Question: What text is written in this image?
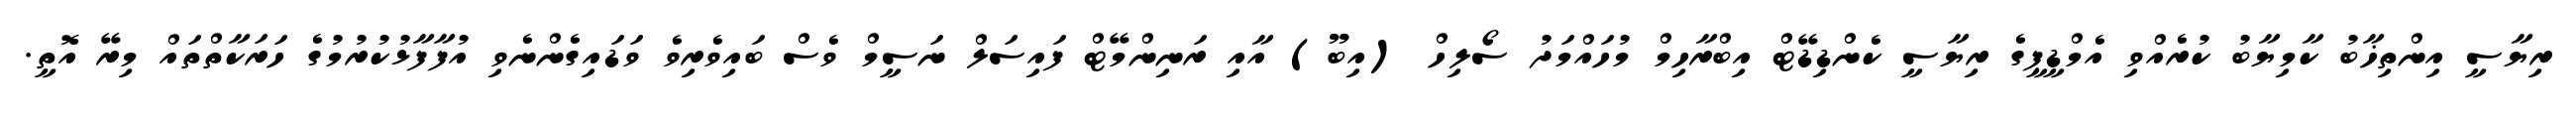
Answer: ރިޔާސީ އިންތިޚާބު ކާމިޔާބު ކުރެއްވި އެމްޑީޕީގެ ރިޔާސީ ކެންޑިޑޭޓް އިބްރާހިމް މުހައްމަދު ސޯލިހް (އިބޫ) އާއި ރަނިންމޭޓް ފައިސަލް ނަސީމް ވެސް ބައިވެރިވެ ވަޑައިގެންނެވި އުފާފާޅުކުރުމުގެ ހަރަކާތްތައް މިރޭ އޮތީ.